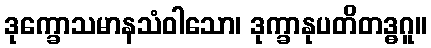
ဒုက္ခောသမာနသံဝါသော၊ ဒုက္ခာနုပတိတဒ္ဓဂူ။